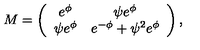
M = \left( \begin{array} { c c } { e ^ { \phi } } & { \psi e ^ { \phi } } \\ { \psi e ^ { \phi } } & { e ^ { - \phi } + \psi ^ { 2 } e ^ { \phi } } \\ \end{array} \right) ,